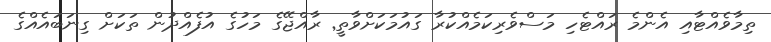
ތިމާވެއްޓާއި އެންމެ ރައްޓެހި މަސްވެރިކަމެއްކުރާ ގައުމަކަށްވާތީ